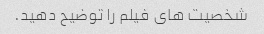
شخصیت های فیلم را توضیح دهید.